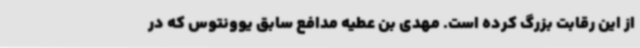
از این رقابت بزرگ کرده است. مهدی بن عطیه مدافع سابق یوونتوس که در